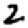
Digit: 2